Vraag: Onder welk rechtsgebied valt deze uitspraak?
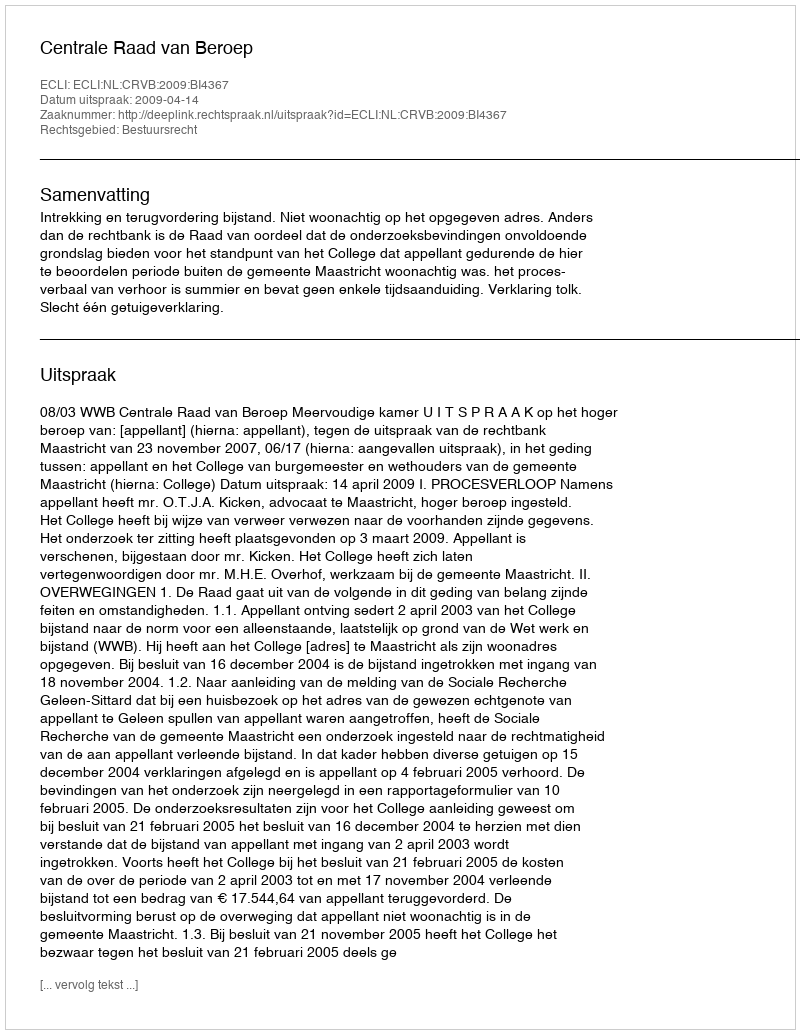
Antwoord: Bestuursrecht